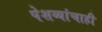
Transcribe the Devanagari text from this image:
पेशव्यांचाही